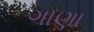
ગાણા